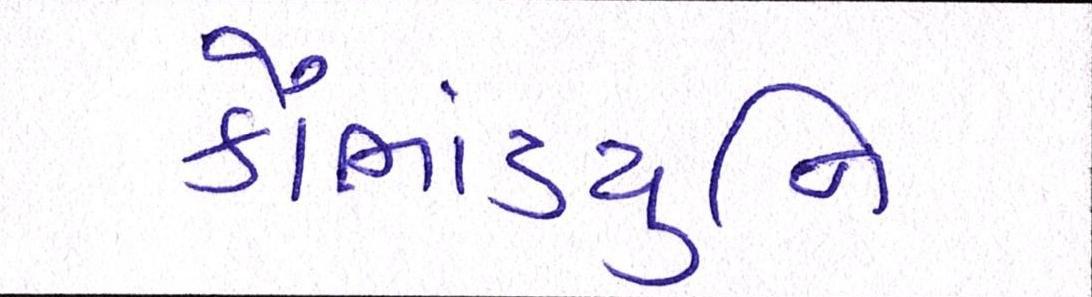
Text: કૌભાંડયુનિ